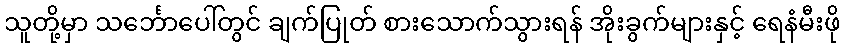
သူတို့မှာ သင်္ဘောပေါ်တွင် ချက်ပြုတ် စားသောက်သွားရန် အိုးခွက်များနှင့် ရေနံမီးဖို